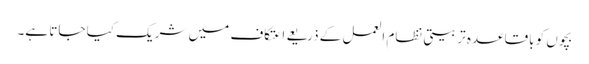
بچوں کو باقاعدہ تربیتی نظام العمل کے ذریعے اعتکاف میں شریک کیا جاتا ہے۔